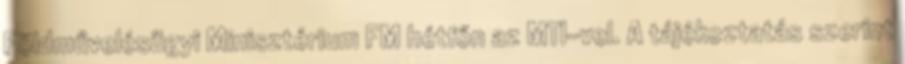
Földművelésügyi Minisztérium FM hétfőn az MTI-vel. A tájékoztatás szerint